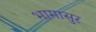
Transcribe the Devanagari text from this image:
भामासुर